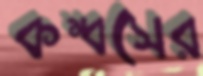
কম্বসের